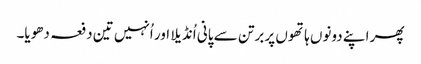
پھر اپنے دونوں ہاتھوں پر برتن سے پانی اُنڈیلا اور اُنہیں تین دفعہ دھویا۔